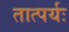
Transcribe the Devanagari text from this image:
तात्पर्यः